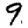
Digit: 9